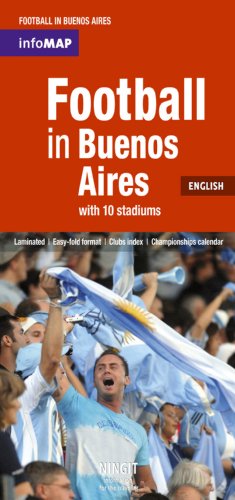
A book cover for Football in Buenos Aires Infomap in English (Map); Ningit; Travel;